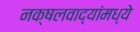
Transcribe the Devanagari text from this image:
नक्षलवाद्यांमध्ये